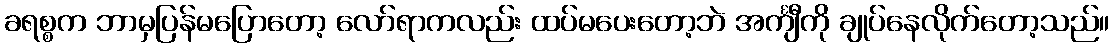
ခရစ္စက ဘာမှပြန်မပြောတော့ လော်ရာကလည်း ထပ်မပေးတော့ဘဲ အင်္ကျီကို ချုပ်နေလိုက်တော့သည်။